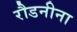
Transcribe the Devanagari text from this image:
रौडनीना